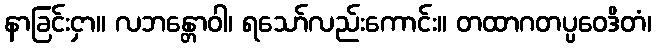
နာခြင်းငှာ။ လဘန္တောဝါ၊ ရသော်လည်းကောင်း။ တထာဂတပ္ပဝေဒိတံ၊